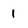
Character: 1